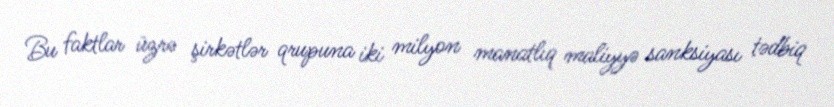
Bu faktlar üzrə şirkətlər qrupuna iki milyon manatlıq maliyyə sanksiyası tədbiq